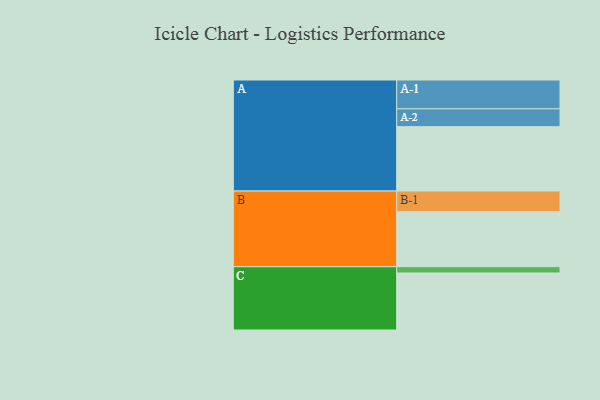
{"axis": {"x": "Segment", "y": "Value"}, "legend": ["", "A", "B", "C"], "data": [{"x": "A", "y": 527, "type": ""}, {"x": "B", "y": 451, "type": ""}, {"x": "C", "y": 467, "type": ""}, {"x": "A-1", "y": 236, "type": "A"}, {"x": "A-2", "y": 146, "type": "A"}, {"x": "B-1", "y": 169, "type": "B"}, {"x": "C-1", "y": 51, "type": "C"}]}